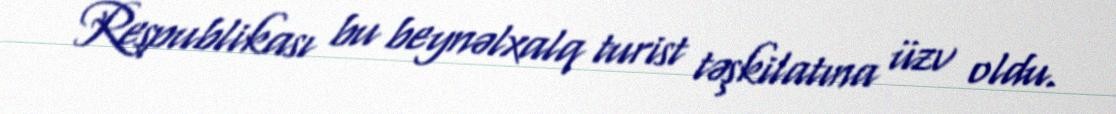
Respublikası bu beynəlxalq turist təşkilatına üzv oldu.